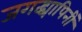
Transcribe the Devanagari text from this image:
जगद्व्यापिनीं